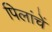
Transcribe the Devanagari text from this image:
पिलांचें